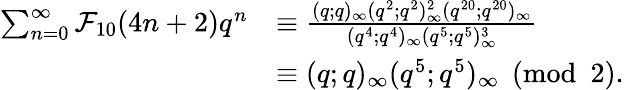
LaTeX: \begin{array}{rl}{\sum_{n=0}^{\infty}\mathcal{F}_{10}(4n+2)q^{n}}&{\equiv\frac{(q;q)_{\infty}(q^{2};q^{2})_{\infty}^{2}(q^{20};q^{20})_{\infty}}{(q^{4};q^{4})_{\infty}(q^{5};q^{5})_{\infty}^{3}}}\\ &{\equiv(q;q)_{\infty}(q^{5};q^{5})_{\infty}\pmod{2}.}\end{array}